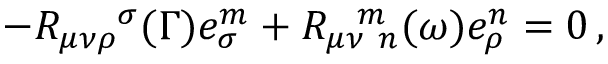
- R _ { \mu \nu \rho } ^ { ~ ~ ~ ~ \sigma } ( \Gamma ) e _ { \sigma } ^ { m } + R _ { \mu \nu ~ n } ^ { ~ ~ m } ( \omega ) e _ { \rho } ^ { n } = 0 \, ,